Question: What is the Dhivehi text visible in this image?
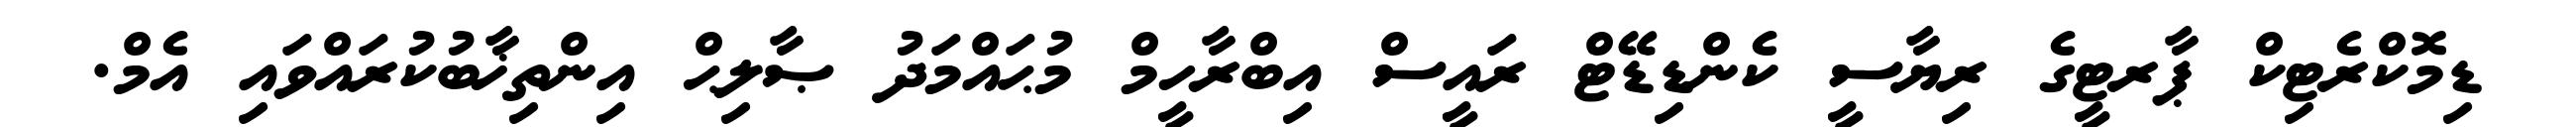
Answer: ޑިމޮކްރެޓިކް ޕާރޓީގެ ރިޔާސީ ކެންޑިޑޭޓް ރައީސް އިބްރާހީމް މުޙައްމަދު ޞާލިޙް އިންތިޚާބުކުރައްވައި އެމް.